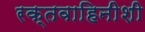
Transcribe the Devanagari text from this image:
रक्तवाहिनीशी